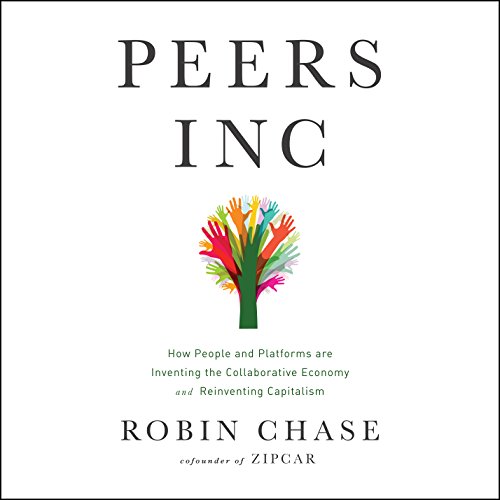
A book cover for Peers Inc: How People and Platforms Are Inventing the Collaborative Economy and Reinventing Capitalism; Robin Chase; Business & Money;